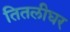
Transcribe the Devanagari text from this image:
तितलीघर